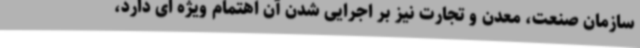
سازمان صنعت، معدن و تجارت نیز بر اجرایی شدن آن اهتمام ویژه ای دارد،